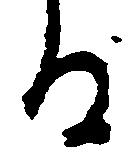
る